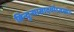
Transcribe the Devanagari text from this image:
बिन्दुन्यासादयोऽवस्थाः